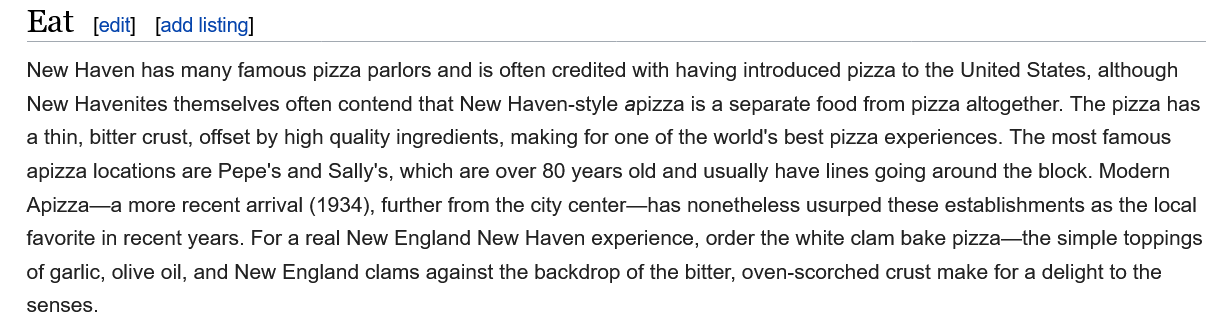
Eat   [edit] [add listing]
   New Haven has many famous pizza parlors and is often credited with having introduced pizza to the United States, although
   New Havenites themselves often contend that New Haven-style apizza is a separate food from pizza altogether. The pizza has
   a thin, bitter crust, offset by high quality ingredients, making for one of the world's best pizza experiences. The most famous
   apizza locations are Pepe's and Sally's, which are over 80 years old and usually have lines going around the block. Modern
   Apizza—a more recent arrival (1934), further from the city center—has nonetheless usurped these establishments as the local
   favorite in recent years. For a real New England New Haven experience, order the white clam bake pizza—the simple toppings
   of garlic, olive oil, and New England clams against the backdrop of the bitter, oven-scorched crust make for a delight to the
   senses._